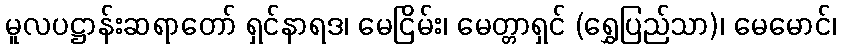
မူလပဋ္ဌာန်းဆရာတော် ရှင်နာရဒ၊ မေငြိမ်း၊ မေတ္တာရှင် (ရွှေပြည်သာ)၊ မေမောင်၊